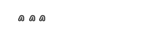
٢٦٢